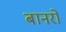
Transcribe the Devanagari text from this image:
बानरों